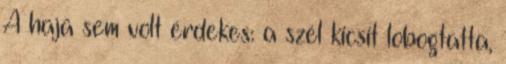
A haja sem volt érdekes: a szél kicsit lobogtatta,